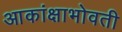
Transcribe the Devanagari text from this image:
आकांक्षाभोवती